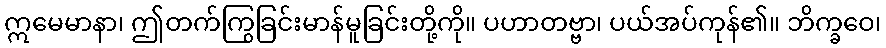
ဣမေမာနာ၊ ဤတက်ကြွခြင်းမာန်မူခြင်းတို့ကို။ ပဟာတဗ္ဗာ၊ ပယ်အပ်ကုန်၏။ ဘိက္ခဝေ၊